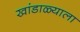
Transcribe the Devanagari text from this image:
खांडाळ्याला